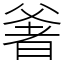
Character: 㸙